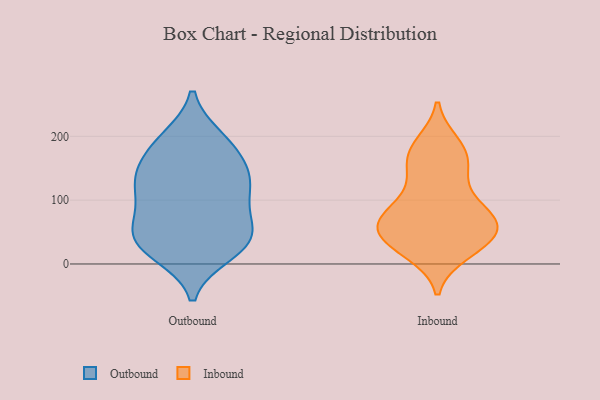
{"axis": {"x": "Operating Costs (USD K)", "y": "Value"}, "legend": ["Inbound", "Outbound"], "data": [{"x": "", "y": 16, "type": "Outbound"}, {"x": "", "y": 193, "type": "Outbound"}, {"x": "", "y": 69, "type": "Outbound"}, {"x": "", "y": 65, "type": "Outbound"}, {"x": "", "y": 41, "type": "Outbound"}, {"x": "", "y": 118, "type": "Outbound"}, {"x": "", "y": 114, "type": "Outbound"}, {"x": "", "y": 197, "type": "Outbound"}, {"x": "", "y": 20, "type": "Outbound"}, {"x": "", "y": 31, "type": "Outbound"}, {"x": "", "y": 36, "type": "Outbound"}, {"x": "", "y": 153, "type": "Outbound"}, {"x": "", "y": 152, "type": "Outbound"}, {"x": "", "y": 100, "type": "Outbound"}, {"x": "", "y": 187, "type": "Outbound"}, {"x": "", "y": 52, "type": "Outbound"}, {"x": "", "y": 129, "type": "Outbound"}, {"x": "", "y": 139, "type": "Outbound"}, {"x": "", "y": 53, "type": "Inbound"}, {"x": "", "y": 134, "type": "Inbound"}, {"x": "", "y": 46, "type": "Inbound"}, {"x": "", "y": 79, "type": "Inbound"}, {"x": "", "y": 28, "type": "Inbound"}, {"x": "", "y": 90, "type": "Inbound"}, {"x": "", "y": 142, "type": "Inbound"}, {"x": "", "y": 89, "type": "Inbound"}, {"x": "", "y": 63, "type": "Inbound"}, {"x": "", "y": 18, "type": "Inbound"}, {"x": "", "y": 182, "type": "Inbound"}, {"x": "", "y": 187, "type": "Inbound"}, {"x": "", "y": 24, "type": "Inbound"}, {"x": "", "y": 170, "type": "Inbound"}, {"x": "", "y": 42, "type": "Inbound"}, {"x": "", "y": 165, "type": "Inbound"}, {"x": "", "y": 65, "type": "Inbound"}, {"x": "", "y": 51, "type": "Inbound"}, {"x": "", "y": 75, "type": "Inbound"}]}